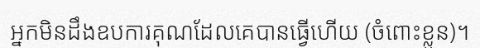
អ្នកមិនដឹងឧបការគុណដែលគេបានធ្វើហើយ (ចំពោះខ្លួន)។